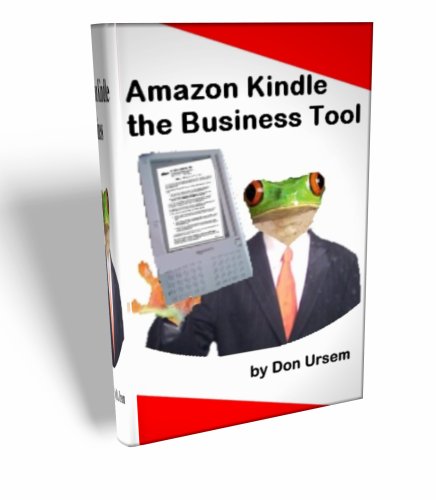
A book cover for Amazon Kindle the Business Tool ...How to use it for increased business travel productivity(revised-082508); D.A. Ursem; Computers & Technology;